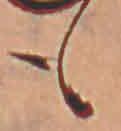
も